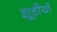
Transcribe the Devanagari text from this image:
झूड़ीयाँ